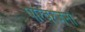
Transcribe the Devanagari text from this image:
परिवरजनों